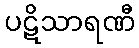
ပဋိသာရဏီ